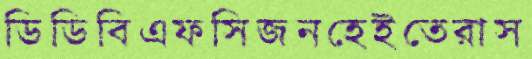
ডিডিবিএফসিজনহেইতেরাস